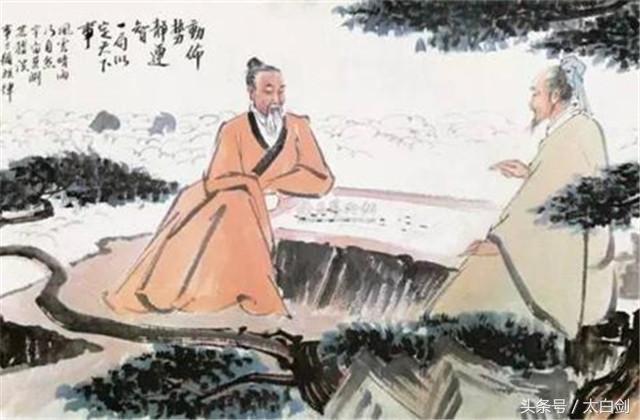
富贵不能淫，贫贱不能移，威武不能屈，此之谓大丈夫。